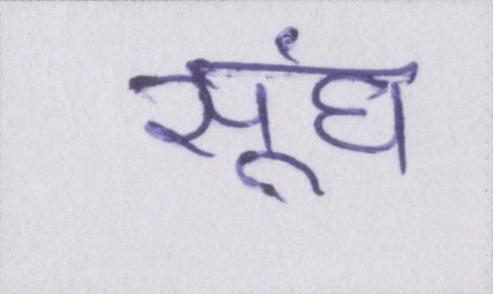
सूंघ